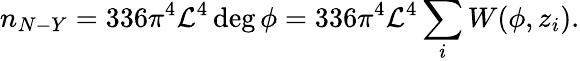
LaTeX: n_{N-Y}=336\pi^{4}\mathcal{L}^{4}\deg\phi=336\pi^{4}\mathcal{L}^{4}\sum_{i}W(\phi,z_{i}).